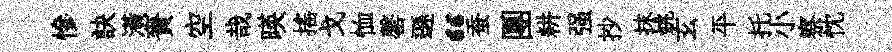
慘訣潢賚空哉暎揺戈恤罄遜“蚕團耕强抄抹姚玄平托小察忱